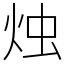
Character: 烛